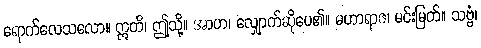
ရောက်လေသလော။ ဣတိ၊ ဤသို့။ အာဟ၊ လျှောက်ဆိုပေ၏။ မဟာရာဇ၊ မင်းမြတ်။ သဗ္ဗံ၊